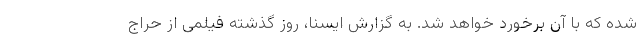
شده که با آن برخورد خواهد شد. به گزارش ایسنا، روز گذشته فیلمی از حراج